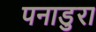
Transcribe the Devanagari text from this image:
पनाडुरा